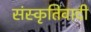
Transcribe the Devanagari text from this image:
संस्कृतिवादी